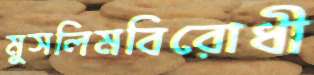
মুসলিমবিরোধী